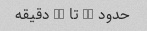
حدود 20 تا 30 دقیقه